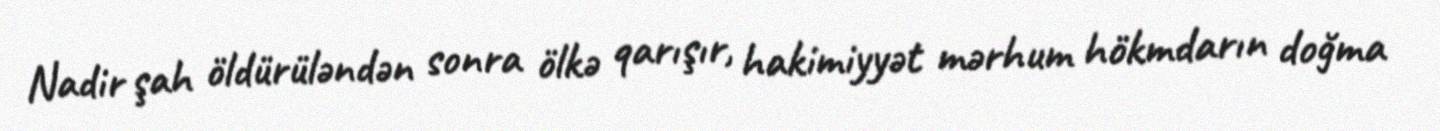
Nadir şah öldürüləndən sonra ölkə qarışır, hakimiyyət mərhum hökmdarın doğma